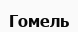
Гомель